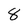
Character: 8